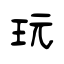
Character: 玩